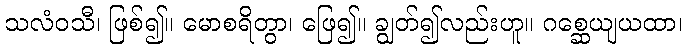
သလံဝသီ၊ ဖြစ်၍။ မောစရိတွာ၊ ဖြေ၍။ ချွတ်၍လည်းဟူ။ ဂစ္ဆေယျယထာ၊